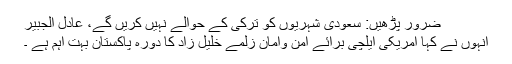
ضرور پڑھیں: سعودی شہریوں کو ترکی کے حوالے نہیں کریں گے، عادل الجبیر
انہوں نے کہا امریکی ایلچی برائے امن وامان زلمے خلیل زاد کا دورہ پاکستان بہت اہم ہے ۔